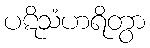
ပဋိသံဟရိတွာ